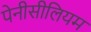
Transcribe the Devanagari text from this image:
पेनीसीलियम